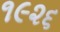
૧૯૨૬